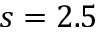
s = 2 . 5